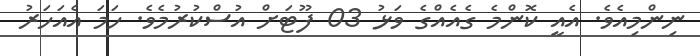
ނިންމިއެވެ. އެއީ ކޮންމެ ގެއެއްގެ ވަޅު 03 ފޫޓަށް އުސްކުރުމެވެ. ހަމަ އެއަހަރު